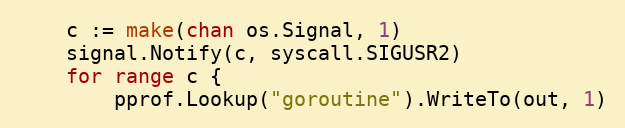
Language: Go
	c := make(chan os.Signal, 1)
	signal.Notify(c, syscall.SIGUSR2)
	for range c {
		pprof.Lookup("goroutine").WriteTo(out, 1)